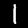
Label: 1